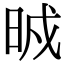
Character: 𣆒